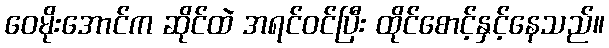
ဝေမိုးအောင်က ဆိုင်ထဲ အရင်ဝင်ပြီး ထိုင်စောင့်နှင့်နေသည်။